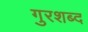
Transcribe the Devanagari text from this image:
गुरशब्द